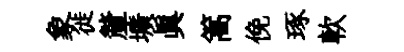
象徙釐壙眞篙俛琢軟